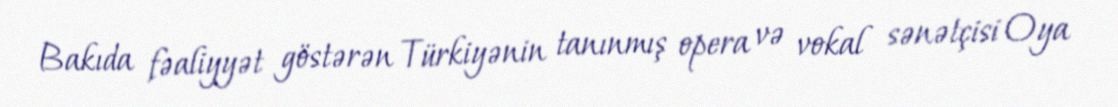
Bakıda fəaliyyət göstərən Türkiyənin tanınmış opera və vokal sənətçisi Oya